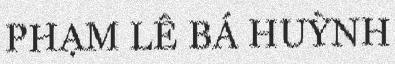
PHẠM LÊ BÁ HUỲNH